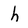
Character: h